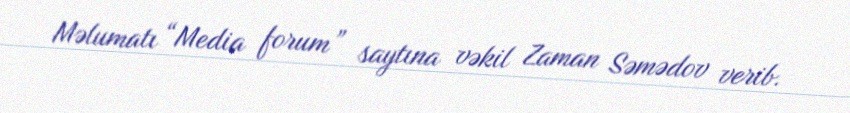
Məlumatı “Media forum” saytına vəkil Zaman Səmədov verib.